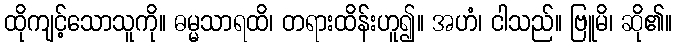
ထိုကျင့်သောသူကို။ ဓမ္မသာရထိ၊ တရားထိန်းဟူ၍။ အဟံ၊ ငါသည်။ ဗြူမိ၊ ဆို၏။